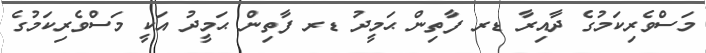
މަސްވެރިކަމުގެ ދާއިރާ ޑރ ފާތިން ޙަމީދު ޑރ ފާތިން ޙަމީދު އަކީ މަސްވެރިކަމުގެ